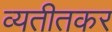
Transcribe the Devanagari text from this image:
व्यतीतकर